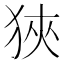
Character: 狹